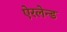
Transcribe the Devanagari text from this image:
ऐरलेन्ड